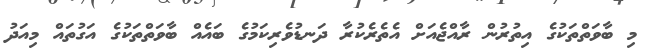
މި ބާވަތްތަކުގެ އިތުރުން ރާއްޖެއަށް އެތެރެކުރާ ދަނޑުވެރިކަމުގެ ބައެއް ބާވަތްތަކުގެ އަގުތައް މިއަދު